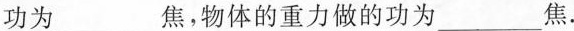
功为___焦，物体的重力做的功为___焦.